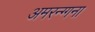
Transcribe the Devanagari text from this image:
अमरन्ग्गना